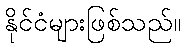
နိုင်ငံများဖြစ်သည်။